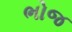
ભોજ